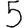
Digit: 5